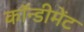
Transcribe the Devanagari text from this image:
कॉन्डीमेंट